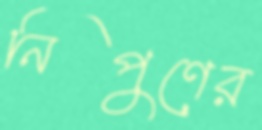
নিপুণের